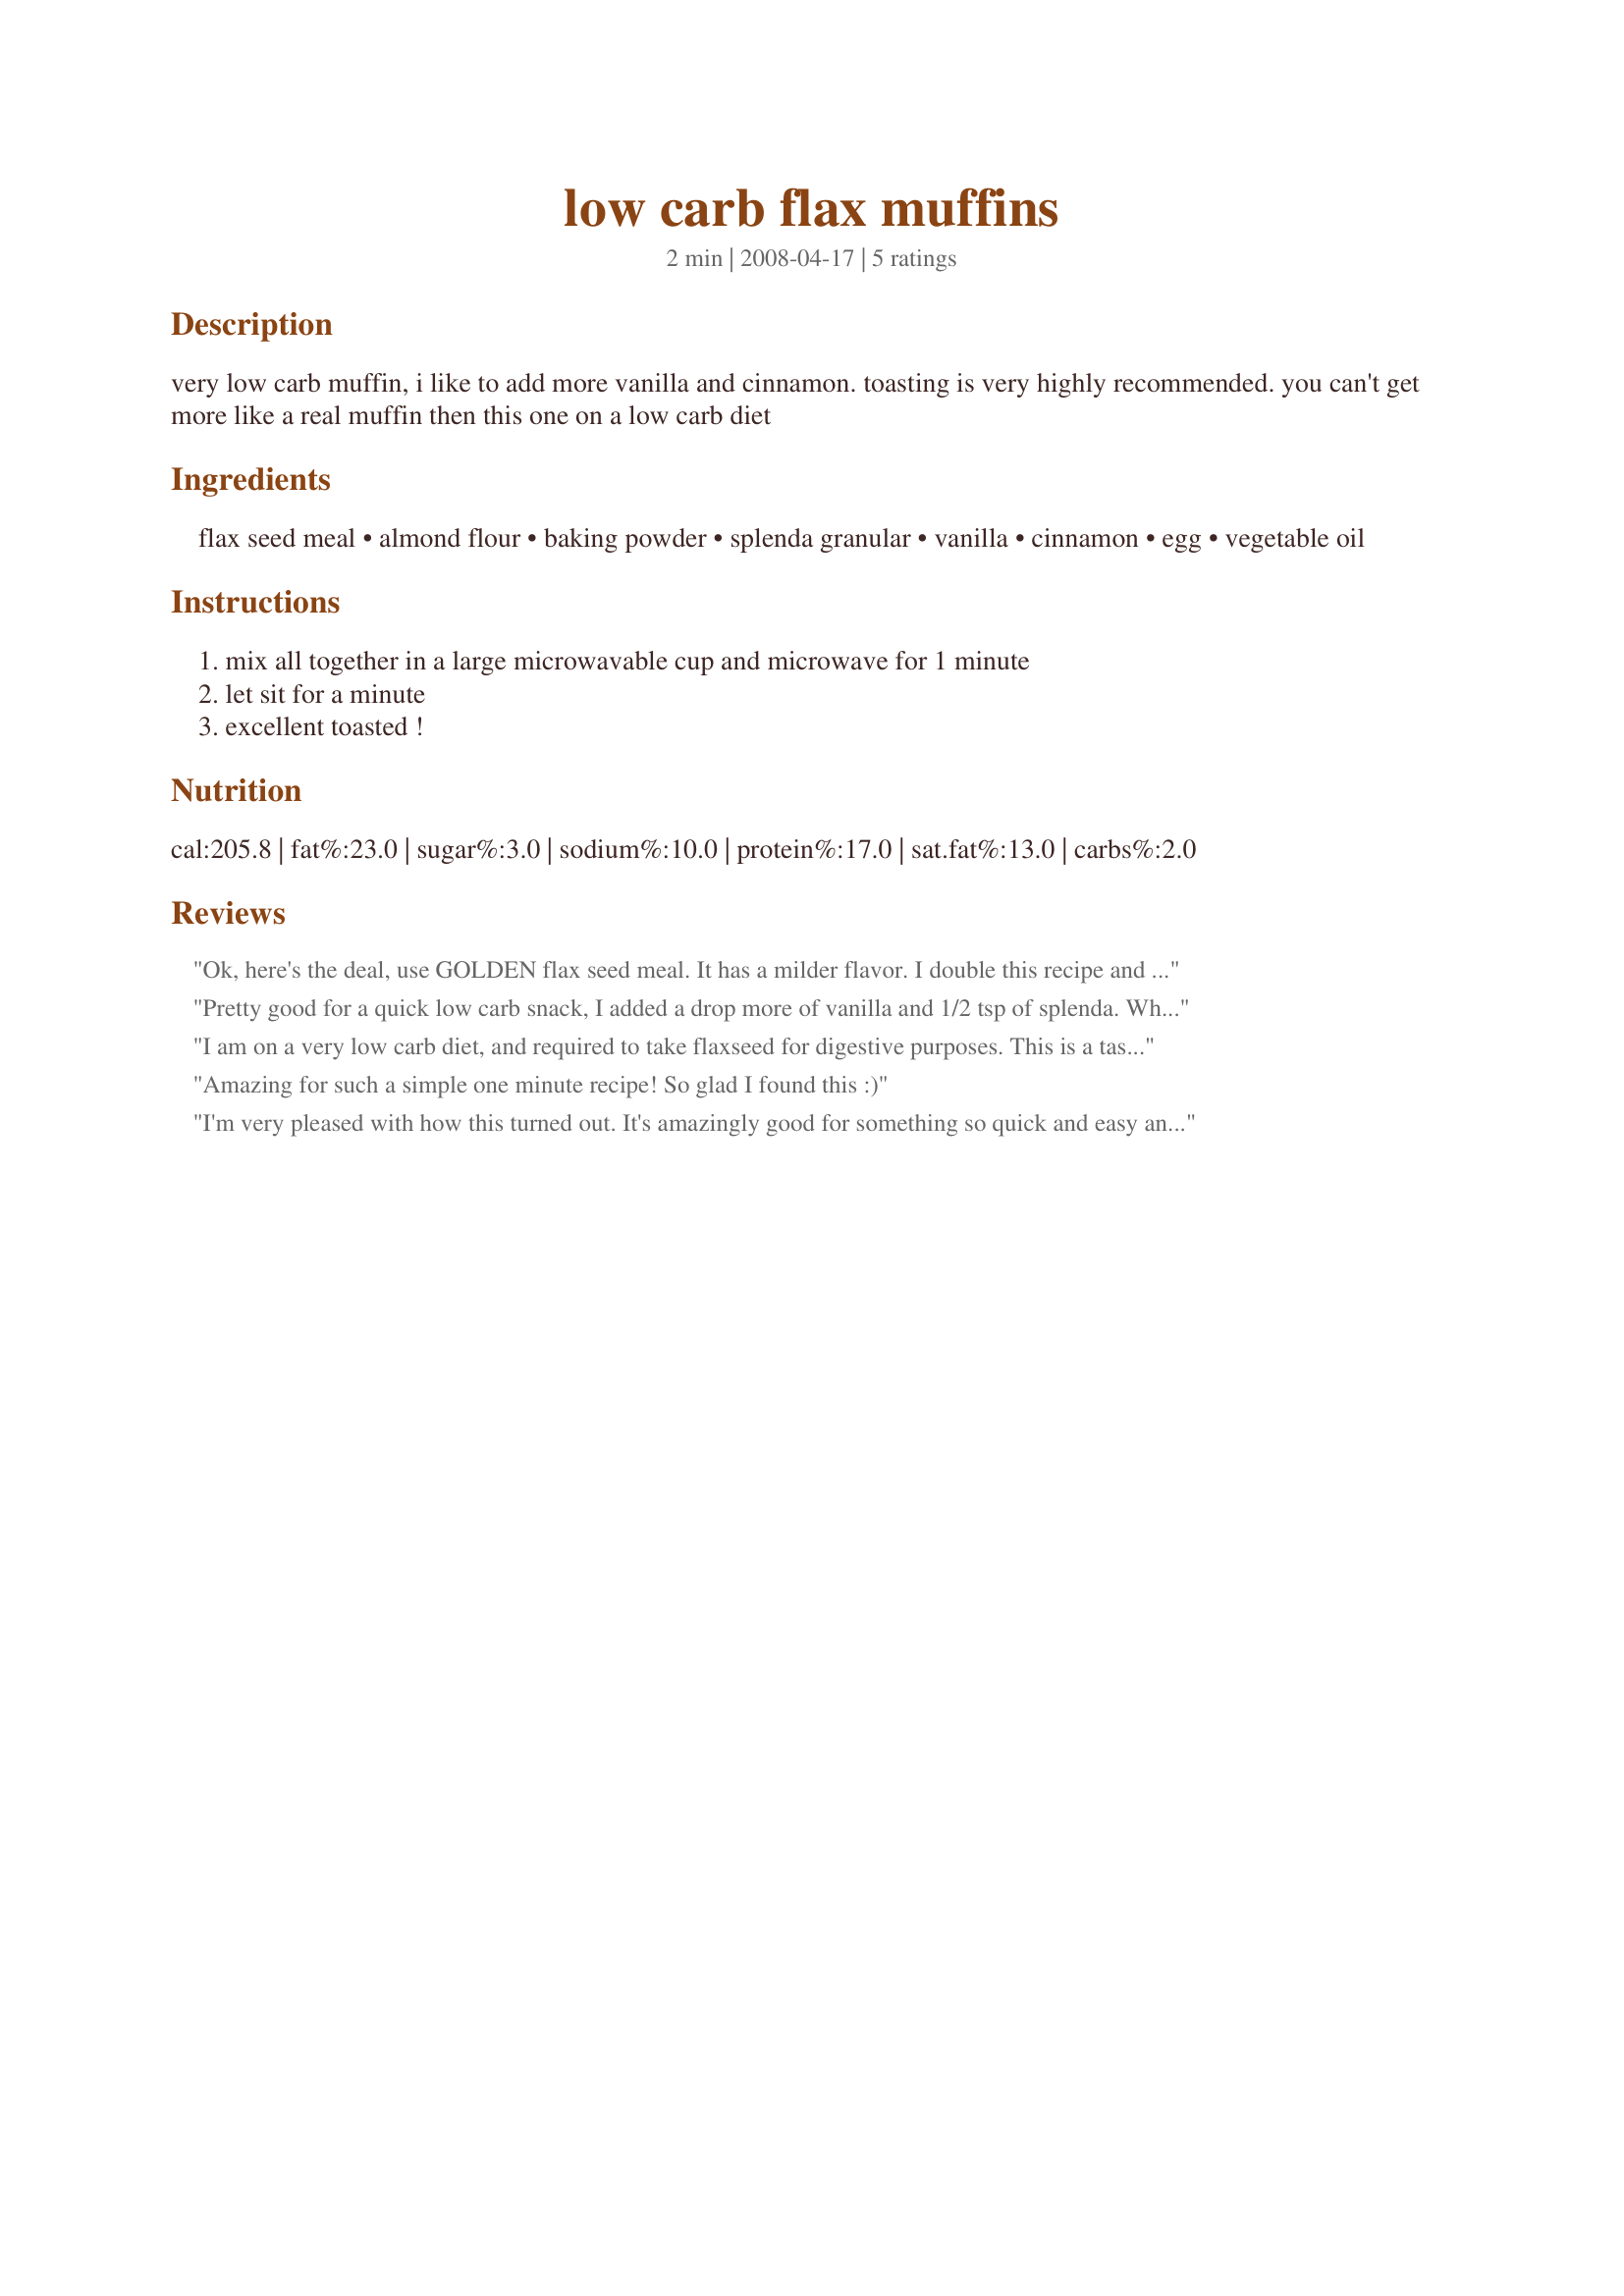
low carb flax muffins
Preparation time: 2 minutes

very low carb muffin, i like to add more vanilla and cinnamon. toasting is very highly recommended. you can't get more like a real muffin then this one on a low carb diet

Ingredients:
flax seed meal, almond flour, baking powder, splenda granular, vanilla, cinnamon, egg, vegetable oil

Steps:
mix all together in a large microwavable cup and microwave for 1 minute, let sit for a minute, excellent toasted !

Reviews:
Ok, here's the deal, use GOLDEN flax seed meal. It has a milder flavor. I double this recipe and use a 4" ramekin. Dump the Giant muffin out immediately on its side onto a cooling rack. The cooling rack leaves lines to cut slices of bread. The ramekin size is perfect for "round bread" and works beautifully for a sandwhich. I have used this recipe for savory and for sweet. Leave out the cinnamon, vanilla and splenda and add Italian seasonings, a dash of salt and any other seasonings you like. Garlic maybe. I usually cook for less time for a moister bread and it turns out perfectly. I can even use it the next day if I store it in a ziplock bag. Awesome recipe. I am eternally grateful for it.
Pretty good for a quick low carb snack, I added a drop more of vanilla and 1/2 tsp of splenda. When I let it cool off for a few minutes I put a little butter on it and put in the microwave for 15 seconds...Mmmm!
I am on a very low carb diet, and required to take flaxseed for digestive purposes. This is a tasty way to get my flaxseed. I toasted it with butter after microwaving it and added some more splenda on top! What a tasty treat! Never thought a 1 min microwaved muffin could turn out so scrumptious.
Amazing for such a simple one minute recipe! So glad I found this :)
I'm very pleased with how this turned out. It's amazingly good for something so quick and easy and low carb. Next time I think I'll spread a bit of cream cheese on it. This will certainly become a staple in my house!
